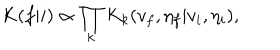
LaTeX: K ( f | i ) \propto \prod _ { k } K _ { k } ( v _ { f } , \eta _ { f } | v _ { i } , \eta _ { i } ) ,